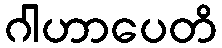
ဂါဟာပေတိ